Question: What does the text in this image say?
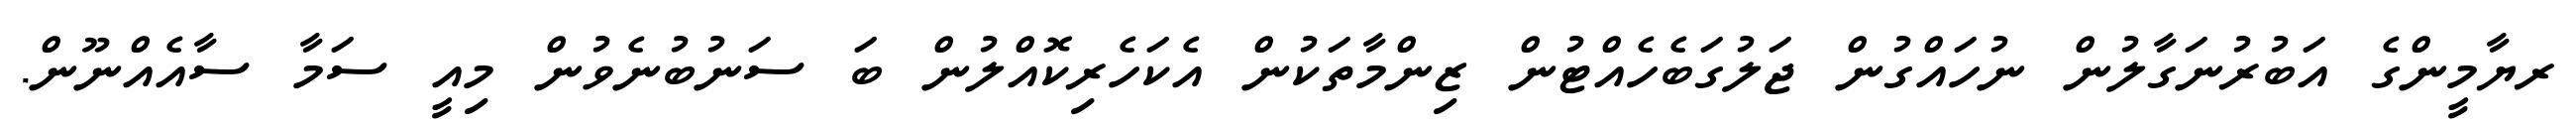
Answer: ރޔާމީންގެ އަބުރުނަގާލުން ނުހައްގުން ޖަލުގަބެހެއްޓުން ޒިންމާތަކުން އެކަހެރިކޮއްލުން ބަ ސަނުބުނެވުން މިއީ ސަމާ ސާއެއްނޫން.